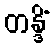
တန္ဒိံ